Vaccination in Bombay 1924-1928 - 1924-1928
Year: 1924
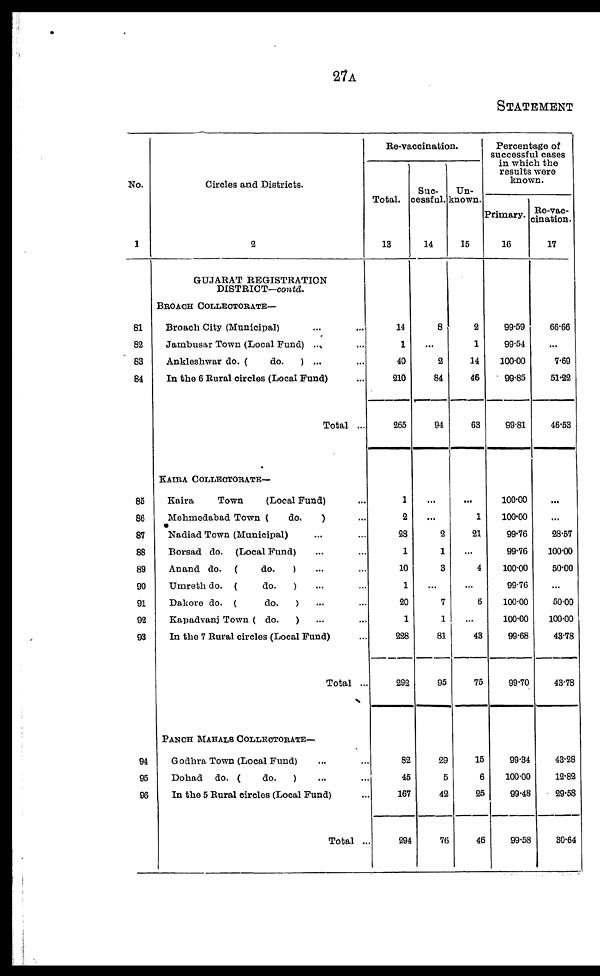
27A
STATEMENT
No.
1
81
82
83
84
85
86
87
88
89
90
91
92
93
94
95
96
Circles and Districts.
2
GUJARAT REGISTRATION
DISTRICT—contd.
BROACH COLLECTORATE—
Broach City (Municipal) ... ...
Jambusar Town (Local Fund) ... ...
Ankleshwar do. (
do.
) ... ...
In the 6 Rural circles (Local Fund) ...
Total ...
KAIRA COLLECTORATE—
Kaira
Town
(Local Fund) ...
Mehmedabad Town (
do.
) ...
Nadiad Town (Municipal) ... ...
Borsad do. (Local Fund) ... ...
Anand do. (
do.
) ... ...
Umreth do. (
do.
) ... ...
Dakore do. (
do.
) ... ...
Kapadvanj Town ( do.
) ... ...
In the 7 Rural circles (Local Fund) ...
Total ...
PANCH MAHALS COLLECTORATE—
Godhra Town (Local Fund) ... ...
Dohad do. (
do.
) ... ...
In the 5 Rural circles (Local Fund) ...
Total ...
Re-vaccination.
Total.
13
14
1
40
210
265
1
2
28
1
10
1
20
1
228
292
82
45
167
294
Suc¬
cessful.
14
8
...
2
84
94
...
...
2
1
3
...
7
1
81
95
29
5
42
76
Un-
known.
15
2
1
14
46
63
...
1
21
...
4
...
6
...
43
75
15
6
25
46
Percentage of
successful cases
in which the
results were
known.
Primary.
16
99.59
99.54
100.00
99.85
99.81
100.00
100.00
99.76
99.76
100.00
99.76
100.00
100.00
99.68
99.70
99.34
100.00
99.48
99.58
Re-vac¬
cination.
17
66.66
...
7.69
51.22
46.53
...
...
28.57
100.00
50.00
...
50.00
100.00
43.78
43.78
43.28
12.82
29.58
30.64